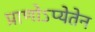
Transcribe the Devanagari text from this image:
प्राणोऽप्येतेन